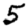
Digit: 5